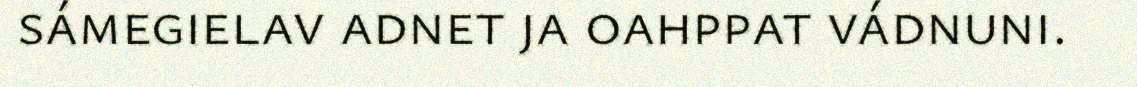
sámegielav adnet ja oahppat vádnuni.